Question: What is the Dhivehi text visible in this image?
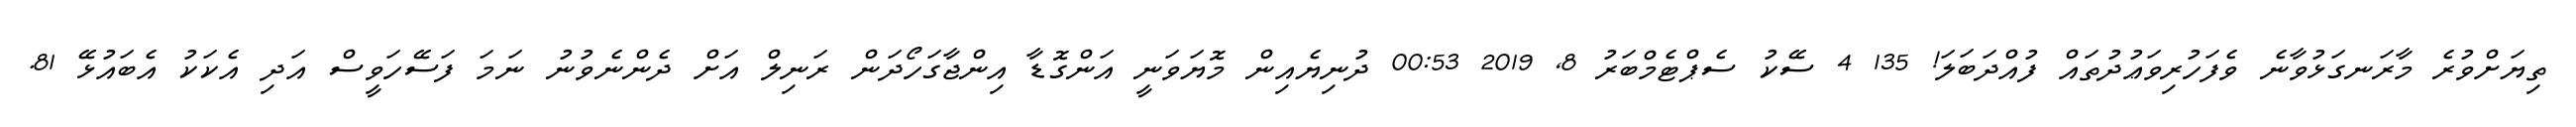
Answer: ތިޔަށްވުރެ މާރަނގަޅުވާނެ ވެފަހުރިވަޢުދުތައް ފުއްދަބަލަ! 135 4 ސޭކު ސެޕްޓެމްބަރު 8, 2019 00:53 ދުނިޔެއިން މޮޔަވަނީ އަންގޮޑާ އިންޖާގަހޯދަން ރަނިލް އަށް ދެންނެވުނު ނަމަ ފަސޭހަވީސް އަދި އެކަކު އެބައުޅޭ 81.